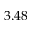
3 . 4 8